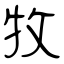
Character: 牧